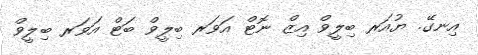
އިނގޭ. ޔުއަރ ބިލީވް އިޒް ނޮޓް އަވަރ ބިލީވް ބަޓް އަވަރ ބިލީވް